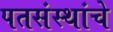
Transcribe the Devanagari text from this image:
पतसंस्थांचे